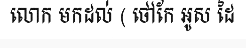
លោក មកដល់ ( ថៅកែ អូស ដៃ